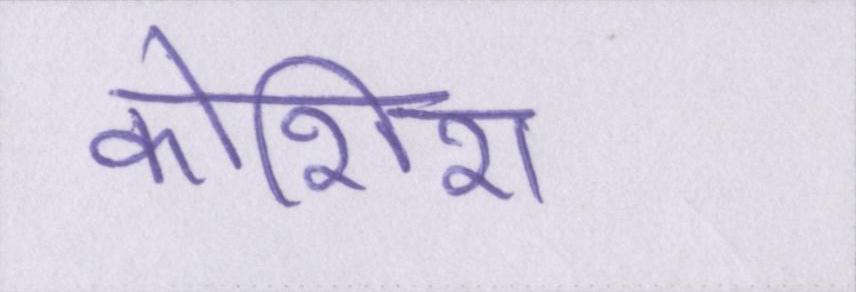
कोशिश